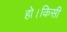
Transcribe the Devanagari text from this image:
हो।किसी